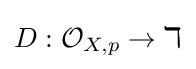
D:{\mathcal {O}}_{X,p}\to \mathbb {k}